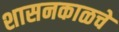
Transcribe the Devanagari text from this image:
शासनकाळचे